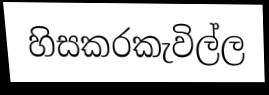
හිසකරකැවිල්ල